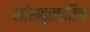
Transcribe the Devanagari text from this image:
सांस्कृऋतिक